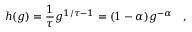
h ( g ) = \frac { 1 } { \tau } g ^ { 1 / \tau - 1 } = ( 1 - \alpha ) g ^ { - \alpha } \quad ,